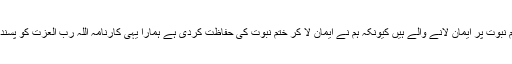
ہم ختم نبوت پر ایمان لانے والے ہیں کیونکہ ہم نے ایمان لا کر ختم نبوت کی حفاظت کردی ہے ہمارا یہی کارنامہ اللہ رب العزت کو پسند ہے ۔